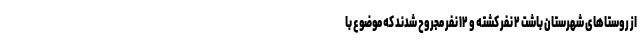
از روستاهای شهرستان باشت ۲ نفر کشته و ۱۲ نفر مجروح شدند که موضوع با